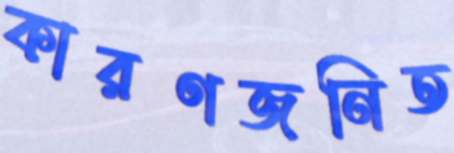
কারণজনিত